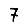
Digit: 7